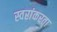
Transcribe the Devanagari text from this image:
स्वरांकरता